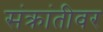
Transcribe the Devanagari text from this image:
संक्रांतीवर